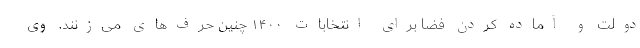
دولت و آماده کردن فضا برای انتخابات ۱۴۰۰ چنین حرف‌های می‌زنند. وی